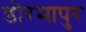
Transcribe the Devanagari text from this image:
डोरमापुर